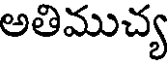
అతిముచ్య